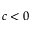
c < 0